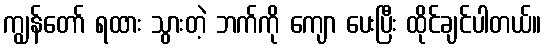
ကျွန်တော် ရထား သွားတဲ့ ဘက်ကို ကျော ပေးပြီး ထိုင်ချင်ပါတယ်။